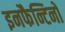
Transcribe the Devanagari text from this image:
इनफैन्टिनो